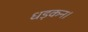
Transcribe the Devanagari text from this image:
धड़कन।